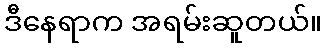
ဒီနေရာက အရမ်းဆူတယ်။